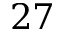
2 7